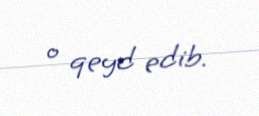
o qeyd edib.